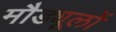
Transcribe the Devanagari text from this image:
मौड्यूलों